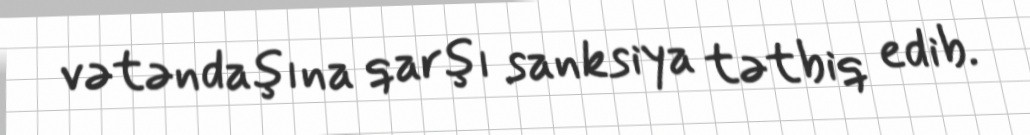
vətəndaşına qarşı sanksiya tətbiq edib.